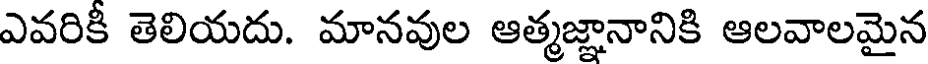
ఎవరికీ తెలియదు. మానవుల ఆత్మజ్ఞానానికి ఆలవాలమైన